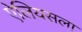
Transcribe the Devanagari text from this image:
ऐलियसला